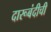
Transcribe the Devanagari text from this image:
दारूबंदीची